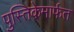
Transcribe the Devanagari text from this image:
पुस्तिकेमार्फत